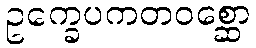
ဥက္ခေပကတဝစ္ဆော